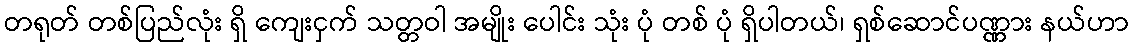
တရုတ် တစ်ပြည်လုံး ရှိ ကျေးငှက် သတ္တဝါ အမျိုး ပေါင်း သုံး ပုံ တစ် ပုံ ရှိပါတယ်၊ ရှစ်ဆောင်ပဏ္ဏား နယ်ဟာ